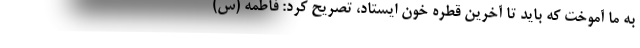
به ما آموخت که باید تا آخرین قطره خون ایستاد، تصریح کرد: فاطمه (س)